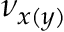
\nu _ { x ( y ) }